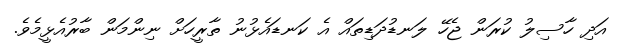
އަދި ހާސިލު ކުރަން ޖެހޭ ލަނޑުދަޑިތައް އެ ކަނޑައެޅުނު ތާރީހަށް ނިންމަން ބާރުއެޅީމެވެ.